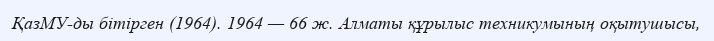
ҚазМУ-ды бітірген (1964). 1964 — 66 ж. Алматы құрылыс техникумының оқытушысы,